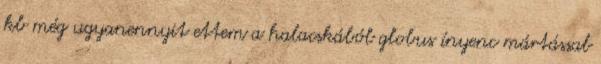
kb még ugyanennyit ettem a halacskából globus ínyenc mártással